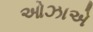
ઓઝાએ